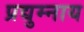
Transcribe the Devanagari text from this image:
प्रद्युम्नाय